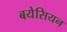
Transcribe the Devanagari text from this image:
बयेसियन